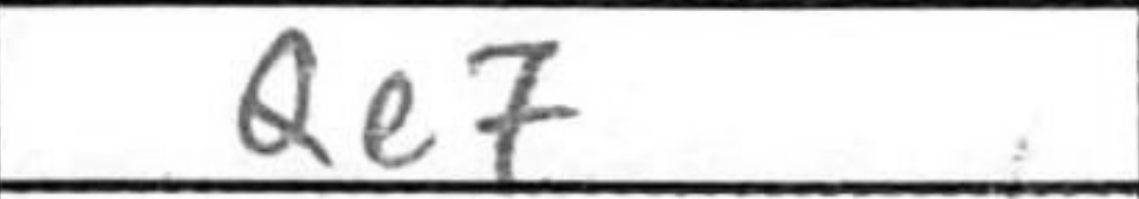
Transcription: Qe7